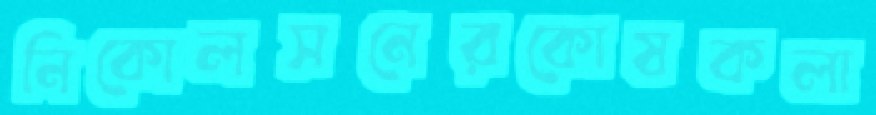
নিকোলসনেরকোষকলা